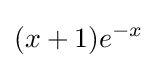
(x+1)e^{-x}